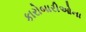
કારોબારીઓના